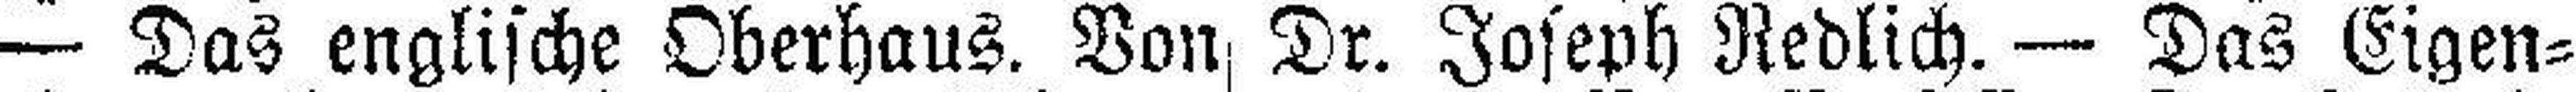
— Das englische Oberhaus. Von Dr. Joseph Redlich. — Das Eigen¬